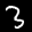
Label: 3